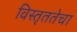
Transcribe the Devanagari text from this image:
विस्तृततेचा